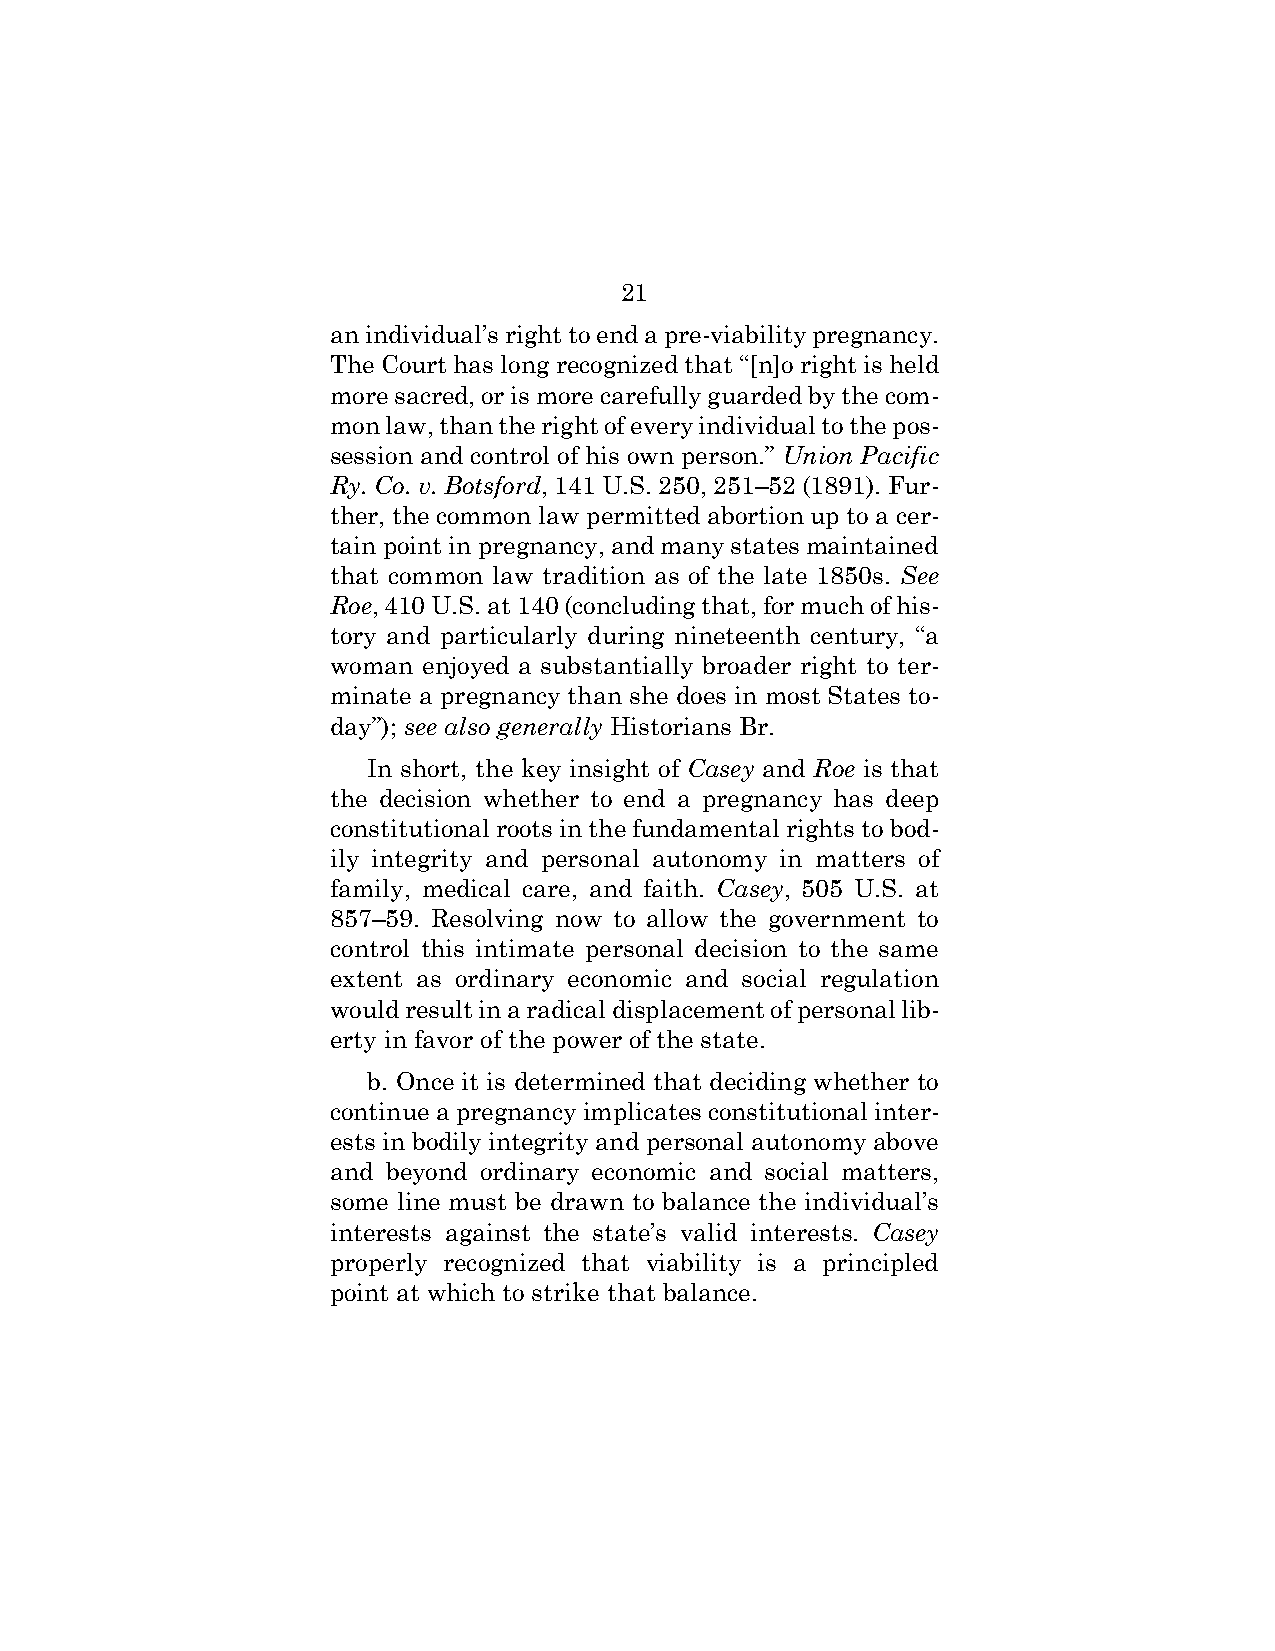
21
 an individual’s right to end a pre-viability pregnancy.
 The Court has long recognized that “[n]o right is held
 more sacred, or is more carefully guarded by the com-
 mon law, than the right of every individual to the pos-
 session and control of his own person.” Union Pacific
 Ry. Co. v. Botsford, 141 U.S. 250, 251–52 (1891). Fur-
 ther, the common law permitted abortion up to a cer-
 tain point in pregnancy, and many states maintained
 that common law tradition as of the late 1850s. See
 Roe, 410 U.S. at 140 (concluding that, for much of his-
 tory and particularly during nineteenth century, “a
 woman enjoyed a substantially broader right to ter-
 minate a pregnancy than she does in most States to-
 day”); see also generally Historians Br.
 In short, the key insight of Casey and Roe is that
 the decision whether to end a pregnancy has deep
 constitutional roots in the fundamental rights to bod-
 ily integrity and personal autonomy in matters of
 family, medical care, and faith. Casey, 505 U.S. at
 857–59. Resolving now to allow the government to
 control this intimate personal decision to the same
 extent as ordinary economic and social regulation
 would result in a radical displacement of personal lib-
 erty in favor of the power of the state.
 b. Once it is determined that deciding whether to
 continue a pregnancy implicates constitutional inter-
 ests in bodily integrity and personal autonomy above
 and beyond ordinary economic and social matters,
 some line must be drawn to balance the individual’s
 interests against the state’s valid interests. Casey
 properly recognized that viability is a principled
 point at which to strike that balance.